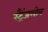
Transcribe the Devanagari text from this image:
स्ट्रैंजलोव